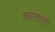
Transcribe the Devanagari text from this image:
शहन्शाही